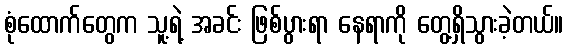
စုံထောက်တွေက သူ့ရဲ့ အခင်း ဖြစ်ပွားရာ နေရာကို တွေ့ရှိသွားခဲ့တယ်။